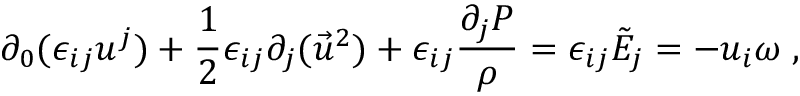
\partial _ { 0 } ( \epsilon _ { i j } u ^ { j } ) + \frac { 1 } { 2 } \epsilon _ { i j } \partial _ { j } ( \vec { u } ^ { 2 } ) + \epsilon _ { i j } \frac { \partial _ { j } P } { \rho } = \epsilon _ { i j } \tilde { E } _ { j } = - u _ { i } \omega \; ,